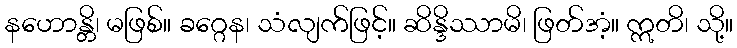
နဟောန္တိ၊ မဖြစ်။ ခဂ္ဂေန၊ သံလျက်ဖြင့်။ ဆိန္ဒိဿာမိ၊ ဖြတ်အံ့။ ဣတိ၊ သို့။